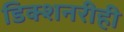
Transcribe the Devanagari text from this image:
डिक्शनरीही